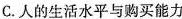
C.人的生活水平与购买能力